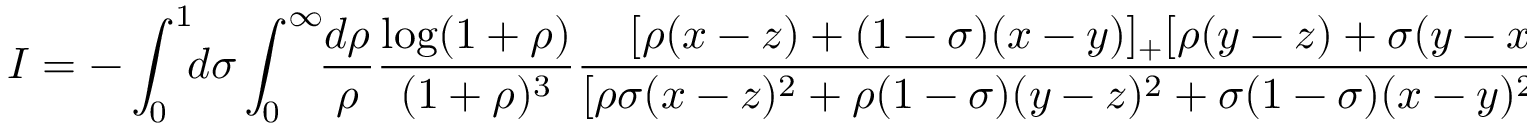
{ \cal I } = - \int _ { 0 } ^ { 1 } \! \! d \sigma \int _ { 0 } ^ { \infty } \! \! { \frac { d \rho } { \rho } } { \frac { \log ( 1 + \rho ) } { ( 1 + \rho ) ^ { 3 } } } { \frac { [ \rho ( x - z ) + ( 1 - \sigma ) ( x - y ) ] _ { + } [ \rho ( y - z ) + \sigma ( y - x ) ] _ { + } ^ { 2 } } { [ \rho \sigma ( x - z ) ^ { 2 } + \rho ( 1 - \sigma ) ( y - z ) ^ { 2 } + \sigma ( 1 - \sigma ) ( x - y ) ^ { 2 } - i \epsilon ] } } \ .